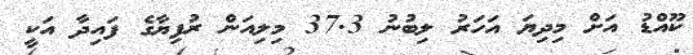
ކޫއްޑު އަށް މިދިޔަ އަހަރު ލިބުނު 37.3 މިލިއަން ރުފިޔާގެ ފައިދާ އަކީ